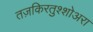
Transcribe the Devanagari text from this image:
तज़किरतुश्शोअरा